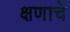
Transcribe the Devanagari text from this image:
क्षणाचे